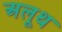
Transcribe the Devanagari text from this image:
अलूथ